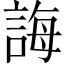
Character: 誨